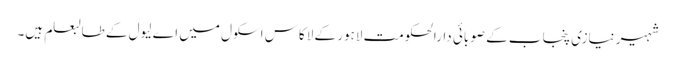
شہیر نیازی پنجاب کے صوبائی دارالحکومت لاہور کے لاکاس اسکول میں اے لیول کے طالبعلم ہیں۔